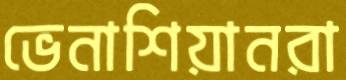
ভেনাশিয়ানরা